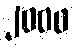
၂၀၀၀